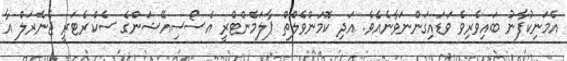
އެމަނިކުފާނު ބައިވެރިވެ ވަޑައިގަންނަވާނެއެވެ. އަދި ކޮމަންވެލްތް ޕާލަމެންޓްރީ އެސޯސިއޭޝަންގެ ސެކްރެޓަރީ ޖެނެރަލް އާ